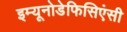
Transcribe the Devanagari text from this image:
इम्यूनोडेफिसिएंसी